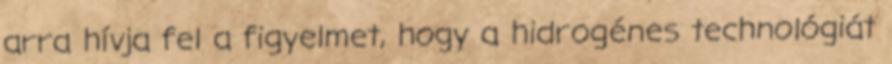
arra hívja fel a figyelmet, hogy a hidrogénes technológiát